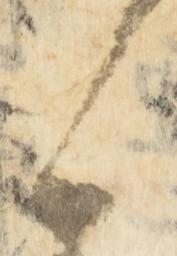
候